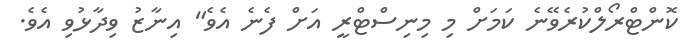
ކޮންޓްރޯލްކުރެވޭނެ ކަމަށް މި މިނިސްޓްރީ އަށް ފެނެ އެވެ" އިނާޒު ވިދާޅުވި އެވެ.